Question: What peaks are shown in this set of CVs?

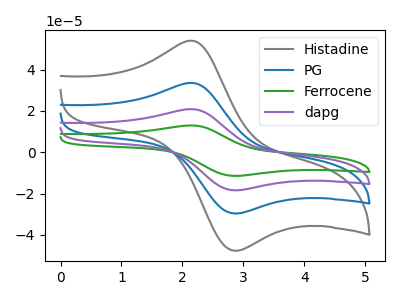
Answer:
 <answer>The gray curve "Histadine" has an anodic peak at (2.15V, 54.00uA) and a cathodic peak at (2.85V, -47.75uA). The blue curve "PG" has an anodic peak at (2.15V, 33.55uA) and a cathodic peak at (2.85V, -29.65uA). The green curve "Ferrocene" has an anodic peak at (2.15V, 100.70uA) and a cathodic peak at (2.85V, -89.00uA). The purple curve "dapg" has an anodic peak at (2.15V, 67.10uA) and a cathodic peak at (2.85V, -59.35uA).</answer>
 <eval></eval>